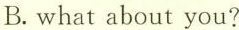
B.what about you?